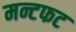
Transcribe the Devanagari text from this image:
मन्टफट